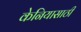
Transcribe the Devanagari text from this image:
केनियासाठी